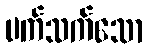
ပက်သက်သော